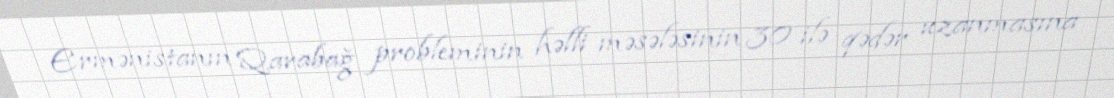
Ermənistanın Qarabağ probleminin həlli məsələsinin 30 ilə qədər uzanmasına